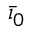
\bar { \iota } _ { 0 }